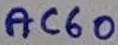
Text: AC60